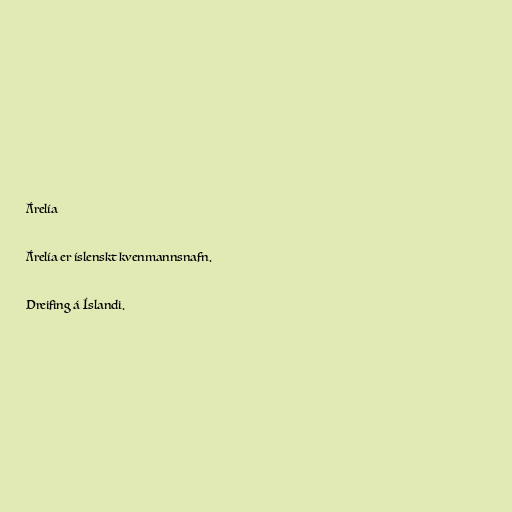
Árelía

Árelía er íslenskt kvenmannsnafn.

Dreifing á Íslandi.